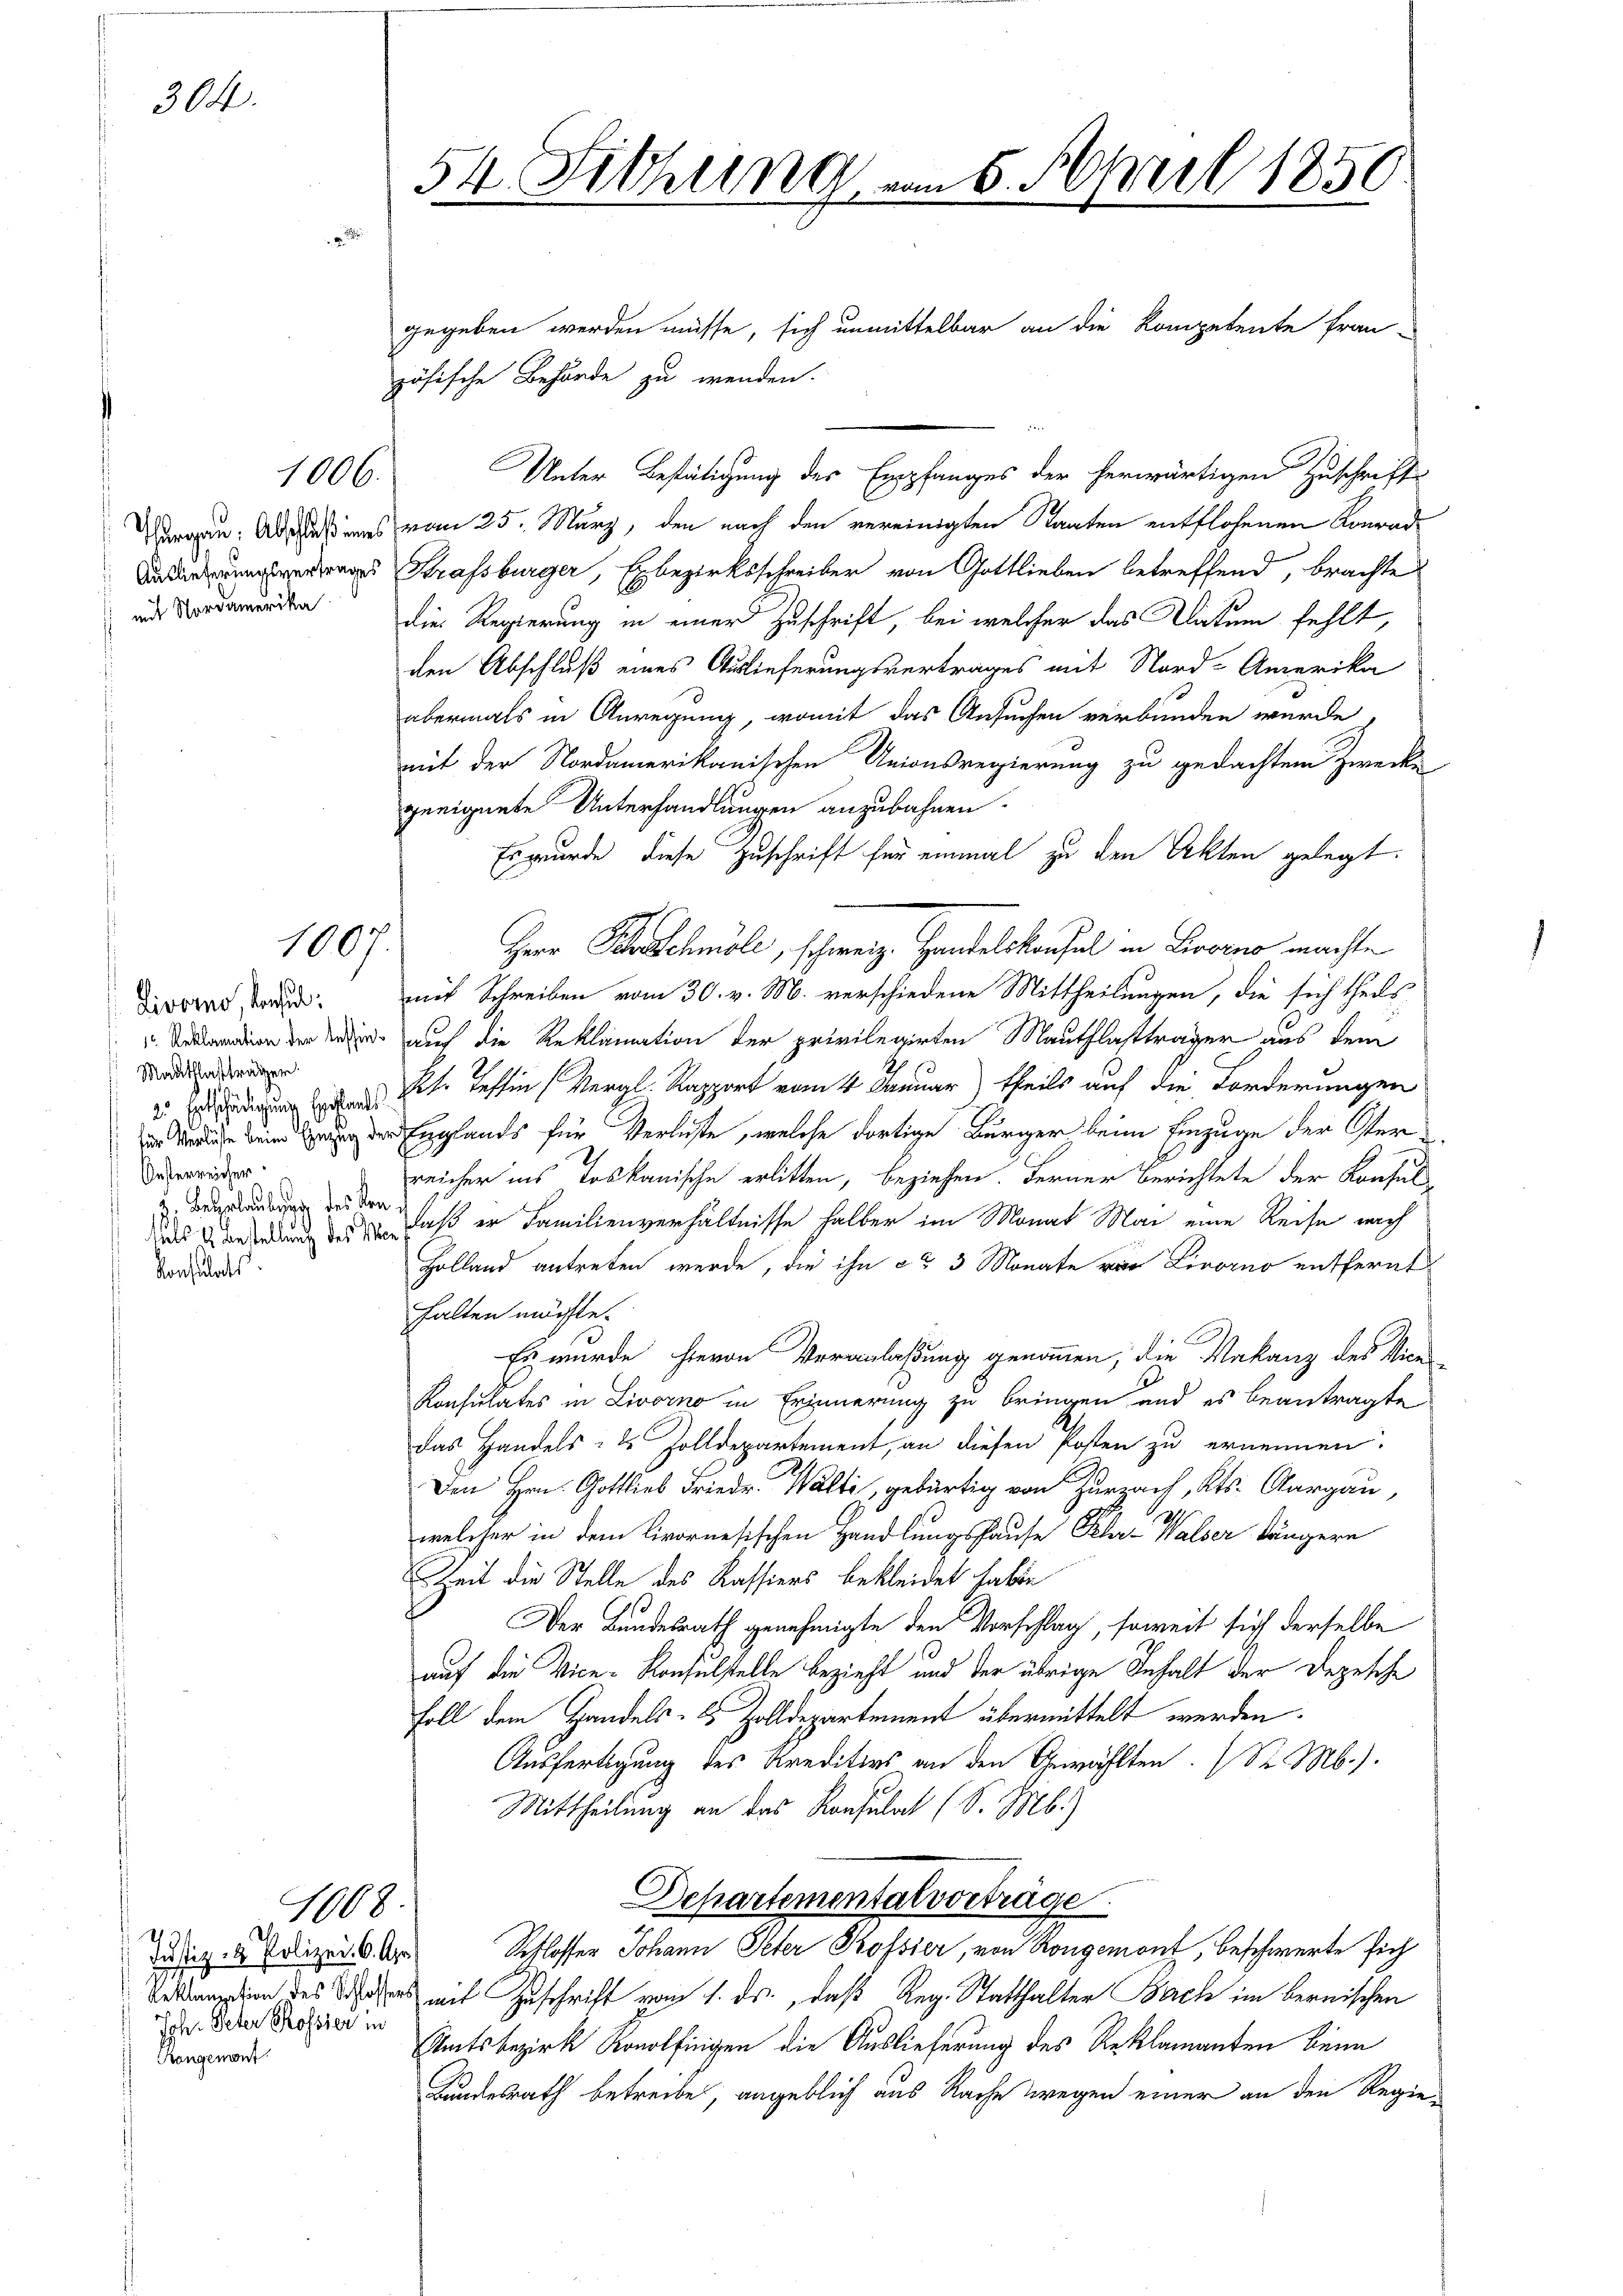
304.

mit Nordamerika

1006.

1007.

Livorno, konsul
Mauthlafträger
25. Entschädigung Entlands
Oesterreicher
 Beurlaubung des Kon
Konsulats.

Justiz- & Polizei- 6. Apr
Joh. Peter Rossier in
Rangement

1008.

54 Fithung vom 8. April 1850

gegeben werden müsse, sich unmittelbar an die Kompetente fran-
zösische Behörde zu wenden.
2
Unter Bestätigung des Empfanges der herwärtigen Zuschrift
Vargau. Abschlußes vom 25. März, den nach den vereinigten Staaten entflohenen Konradeas Strassburger, Erbezirksschreiber von Gottlieben betreffend, brachte
Die Regierung in einer Zuschrift, bei welcher das Datum fehlt,
den Abschluß eines Auslieferungsvertrages mit Nord-Amerika
abermals in Anregung, womit das Ansuchen verbunden wurde.
mit der Nordamerikanischen Unionsregierung zu gedachtem Zwecke
geeignete Unterhandlungen anzubahnen.
Es wurde diese Zuschrift für einmal zu den Akten gelegt.
Hrer Schochmöle, schweiz. Handelskaufel in Livorno machte
mit Schreiben vom 30. v. M. verschiedene Mittheilungen, die sich theils
din der er auf die Reklamation der privilegirten Mautflastträger aus dem
Pf. Tessin (Vergl. Rapport vom 4. Januar) theils auf die Forderungen
g der Englands für Verliste, welche dortige Bürger, beim Einzuge der Verreicher ins Loskanische erlitten, beziehen. Ferner Berichtete der Konsul-
ud Brennung des daß er Familienverhältnisse halber im Monat Mai eine Reise nach
Holland antreten werde, die ihn ca 3 Monate von Livorno entfernt
halten möchte.
Es wurde hievon Veranlaßung genommen, die Makanz des Vice-
Konsulates in Livorno in Erinnerung zu bringen und es beantragte
das Handels- & Zolldepartement, an diesen Posten zu ernennen.
 Kt. Aargau,
welcher in dem Livornesischen Handlungshause Klar-Walser längere
Zeit die Stelle des Kassiers bekleidet habe
Der Bundesrath genehmigte den Vorschlag, soweit sich derselbe
auf die Vice-Konsulstelle bezieht und der übrige Inhalt der Depesche
Foll dem Handels- & Zolldepartement übermittelt werden.
Ausfertigung des Kreditios an den Gewählten. (St. Mb.).
Mittheilung an das Konsulat (S. Mb.)
Departementalvorträge
Schlosser Johann Peter Kossier, von Rongemont, beschwerte sich
Beklamien des es mit Zuschrift vom 1. ds., daß Reg. Statthalter Bach im bernischen
Amtsbezirk Konolfingen die Auslieferung des Reklamanten beim
Bundesrath betreibe, angeblich aus Rache wegen einer an den Regie¬